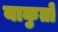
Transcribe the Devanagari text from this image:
याकुतों